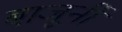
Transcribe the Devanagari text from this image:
बाजूनीं